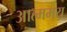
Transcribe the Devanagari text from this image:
आत्ममय